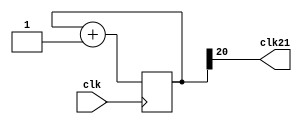
`timescale 1ns / 1ps
//////////////////////////////////////////////////////////////////////////////////
// Company: 
// Engineer: 
// 
// Design Name: 
// Module Name: clk_div_2
// Project Name: 
// Target Devices: 
// Tool Versions: 
// Description: 
// 
// Dependencies: 
// 
// Revision:
// Revision 0.01 - File Created
// Additional Comments:
// 
//////////////////////////////////////////////////////////////////////////////////
module clock_divider(clk21, clk);
input clk;
output clk21;


reg [24:0] num;
wire [24:0] next_num;

always @(posedge clk) begin
  num <= next_num;
end

assign next_num = num + 1'b1;

assign clk21 = num[20];

endmodule